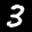
Label: 3